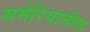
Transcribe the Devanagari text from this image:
समेरियातील